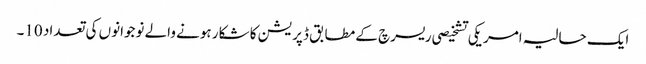
ایک حالیہ امریکی تشخیصی ریسرچ کے مطابق ڈپریشن کا شکار ہونے والے نوجوانوں کی تعداد 10۔